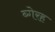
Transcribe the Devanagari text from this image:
ब्गेरह